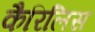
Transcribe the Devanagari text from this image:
कैरिलिस